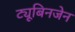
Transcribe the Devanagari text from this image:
ट्यूबिनजेन